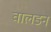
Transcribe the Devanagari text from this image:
वालडन